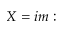
X = i m :